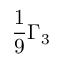
\frac { 1 } { 9 } \Gamma _ { 3 }